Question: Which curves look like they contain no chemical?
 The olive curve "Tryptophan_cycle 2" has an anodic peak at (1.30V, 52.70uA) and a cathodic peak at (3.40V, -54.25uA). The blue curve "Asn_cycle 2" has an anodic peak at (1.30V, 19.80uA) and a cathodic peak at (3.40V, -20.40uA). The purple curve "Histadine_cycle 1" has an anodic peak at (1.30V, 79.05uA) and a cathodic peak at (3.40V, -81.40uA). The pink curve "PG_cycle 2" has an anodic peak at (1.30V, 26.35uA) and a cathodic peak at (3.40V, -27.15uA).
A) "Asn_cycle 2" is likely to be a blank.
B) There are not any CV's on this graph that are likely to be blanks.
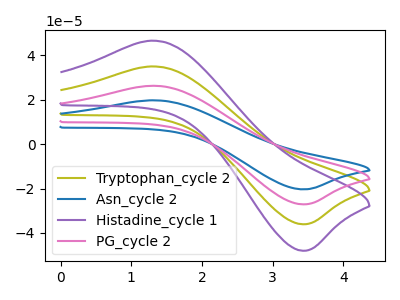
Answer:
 <answer>B) There are not any CV's on this graph that are likely to be blanks.</answer>
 <eval>B</eval>